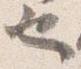
也